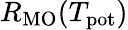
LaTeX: R_{\mathrm{MO}}(T_{\mathrm{pot}})